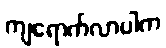
ကျရောက်လာပါက